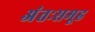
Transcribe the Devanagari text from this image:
अंतःसमूह